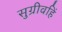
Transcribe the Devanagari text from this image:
सुग्रीवहिं